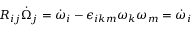
R _ { i j } \dot { \Omega } _ { j } = \dot { \omega } _ { i } - \epsilon _ { i k m } \omega _ { k } \omega _ { m } = \dot { \omega } _ { i }